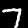
Digit: 7